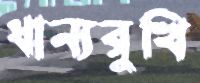
ধান্যরুখি